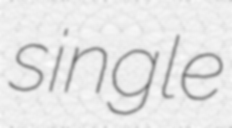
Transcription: single